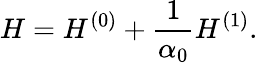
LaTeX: H=H^{(0)}+\frac{1}{\alpha_{0}}H^{(1)}.